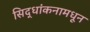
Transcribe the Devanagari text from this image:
सिद्धांकनामधून